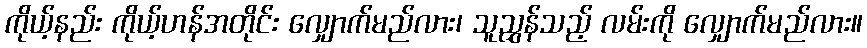
ကိုယ့်နည်း ကိုယ့်ဟန်အတိုင်း လျှောက်မည်လား၊ သူညွှန်သည့် လမ်းကို လျှောက်မည်လား။